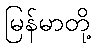
မြန်မာတို့